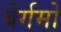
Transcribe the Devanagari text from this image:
बेर्गमो